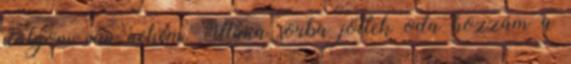
dolgom van nekem. Utána sorba jöttek oda hozzám a